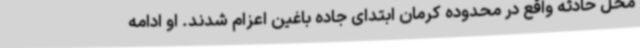
محل حادثه واقع در محدوده کرمان ابتدای جاده باغین اعزام شدند. او ادامه